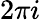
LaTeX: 2\pi i